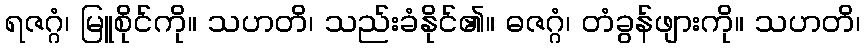
ရဇဂ္ဂံ၊ မြူစိုင်ကို။ သဟတိ၊ သည်းခံနိုင်၏။ ဓဇဂ္ဂံ၊ တံခွန်ဖျားကို။ သဟတိ၊